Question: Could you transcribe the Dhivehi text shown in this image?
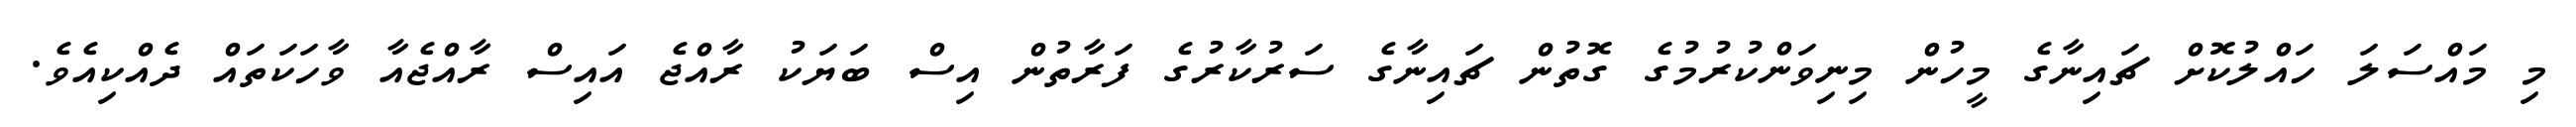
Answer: މި މައްސަލަ ހައްލުކޮށް ޗައިނާގެ މީހުން މިނިވަންކުރުމުގެ ގޮތުން ޗައިނާގެ ސަރުކާރުގެ ފަރާތުން އިސް ބަޔަކު ރާއްޖެ އައިސް ރާއްޖެއާ ވާހަކަތައް ދެއްކިއެވެ.